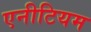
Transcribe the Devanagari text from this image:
एनीटियम